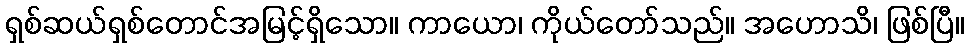
ရှစ်ဆယ်ရှစ်တောင်အမြင့်ရှိသော။ ကာယော၊ ကိုယ်တော်သည်။ အဟောသိ၊ ဖြစ်ပြီ။